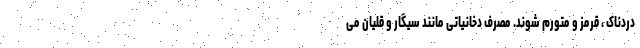
دردناک ، قرمز و متورم شوند. مصرف دخانیاتی مانند سیگار و قلیان می‌